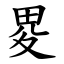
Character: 畟